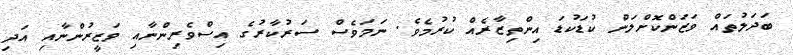
ބަދަލުތައް ވަޒަންކޮށްލަން ކުޑަކުޑަ އިންތިޒާރެއް ކުރުމެވެ. ނަމަވެސް ސަރުކާރުގެ އިސްވެރިންނާއި ވަޒީރުންނާއި އަދި